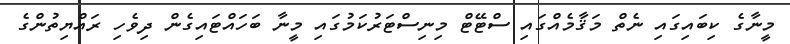
މީނާގެ ކިބައިގައި ނެތް މަޤާމެއްގައި ސްޓޭޓް މިނިސްޓަރުކަމުގައި މީނާ ބަހައްޓައިގެން ދިވެހި ރައްޔިތުންގެ